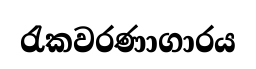
රැකවරණාගාරය